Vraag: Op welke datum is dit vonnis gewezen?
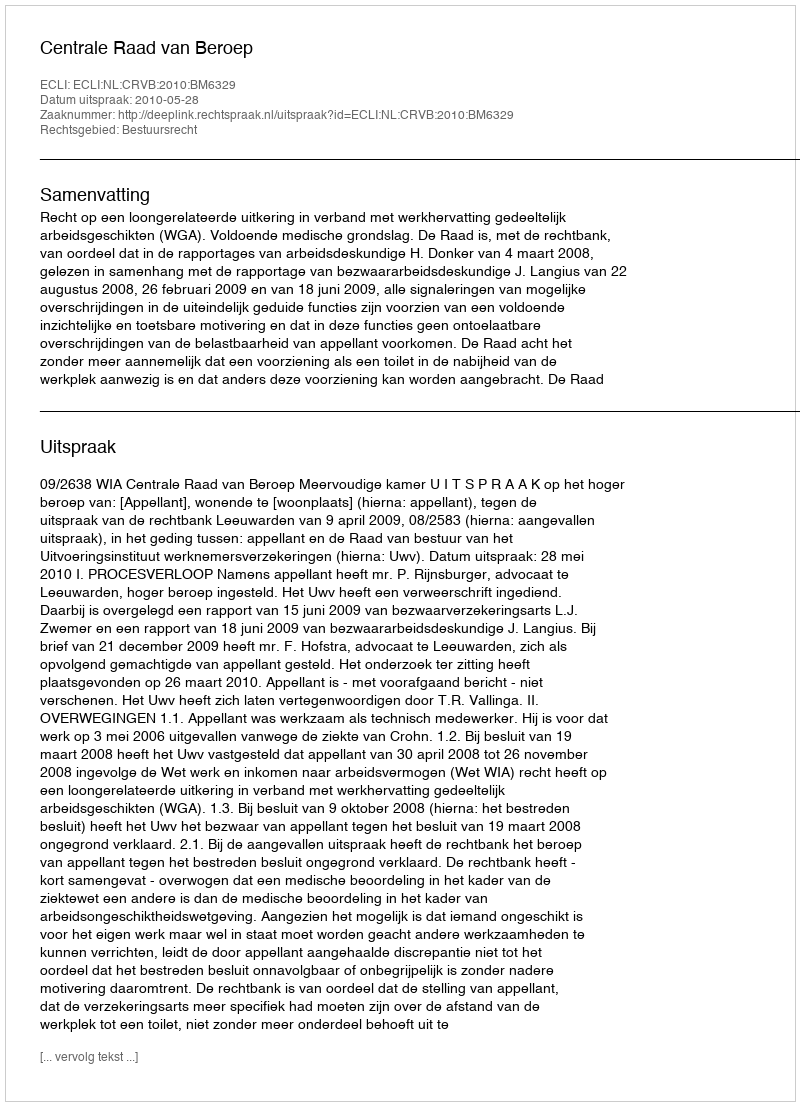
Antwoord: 2010-05-28